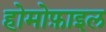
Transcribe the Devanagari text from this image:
होमोफ़ाइल